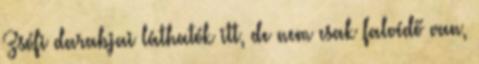
Zsófi darabjai láthatók itt, de nem csak falvédő van,